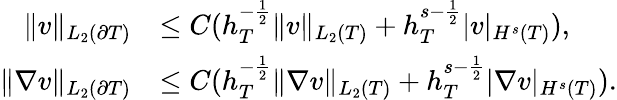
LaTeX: \begin{array}{rl}{\| v\| _{L_{2}(\partial T)}}&{\le C(h_{T}^{-\frac 12}\| v\| _{L_{2}(T)}+h_{T}^{s-\frac 12}|v|_{H^{s}(T)}),}\\ {\| \nabla v\| _{L_{2}(\partial T)}}&{\le C(h_{T}^{-\frac 12}\| \nabla v\| _{L_{2}(T)}+h_{T}^{s-\frac 12}|\nabla v|_{H^{s}(T)}).}\end{array}